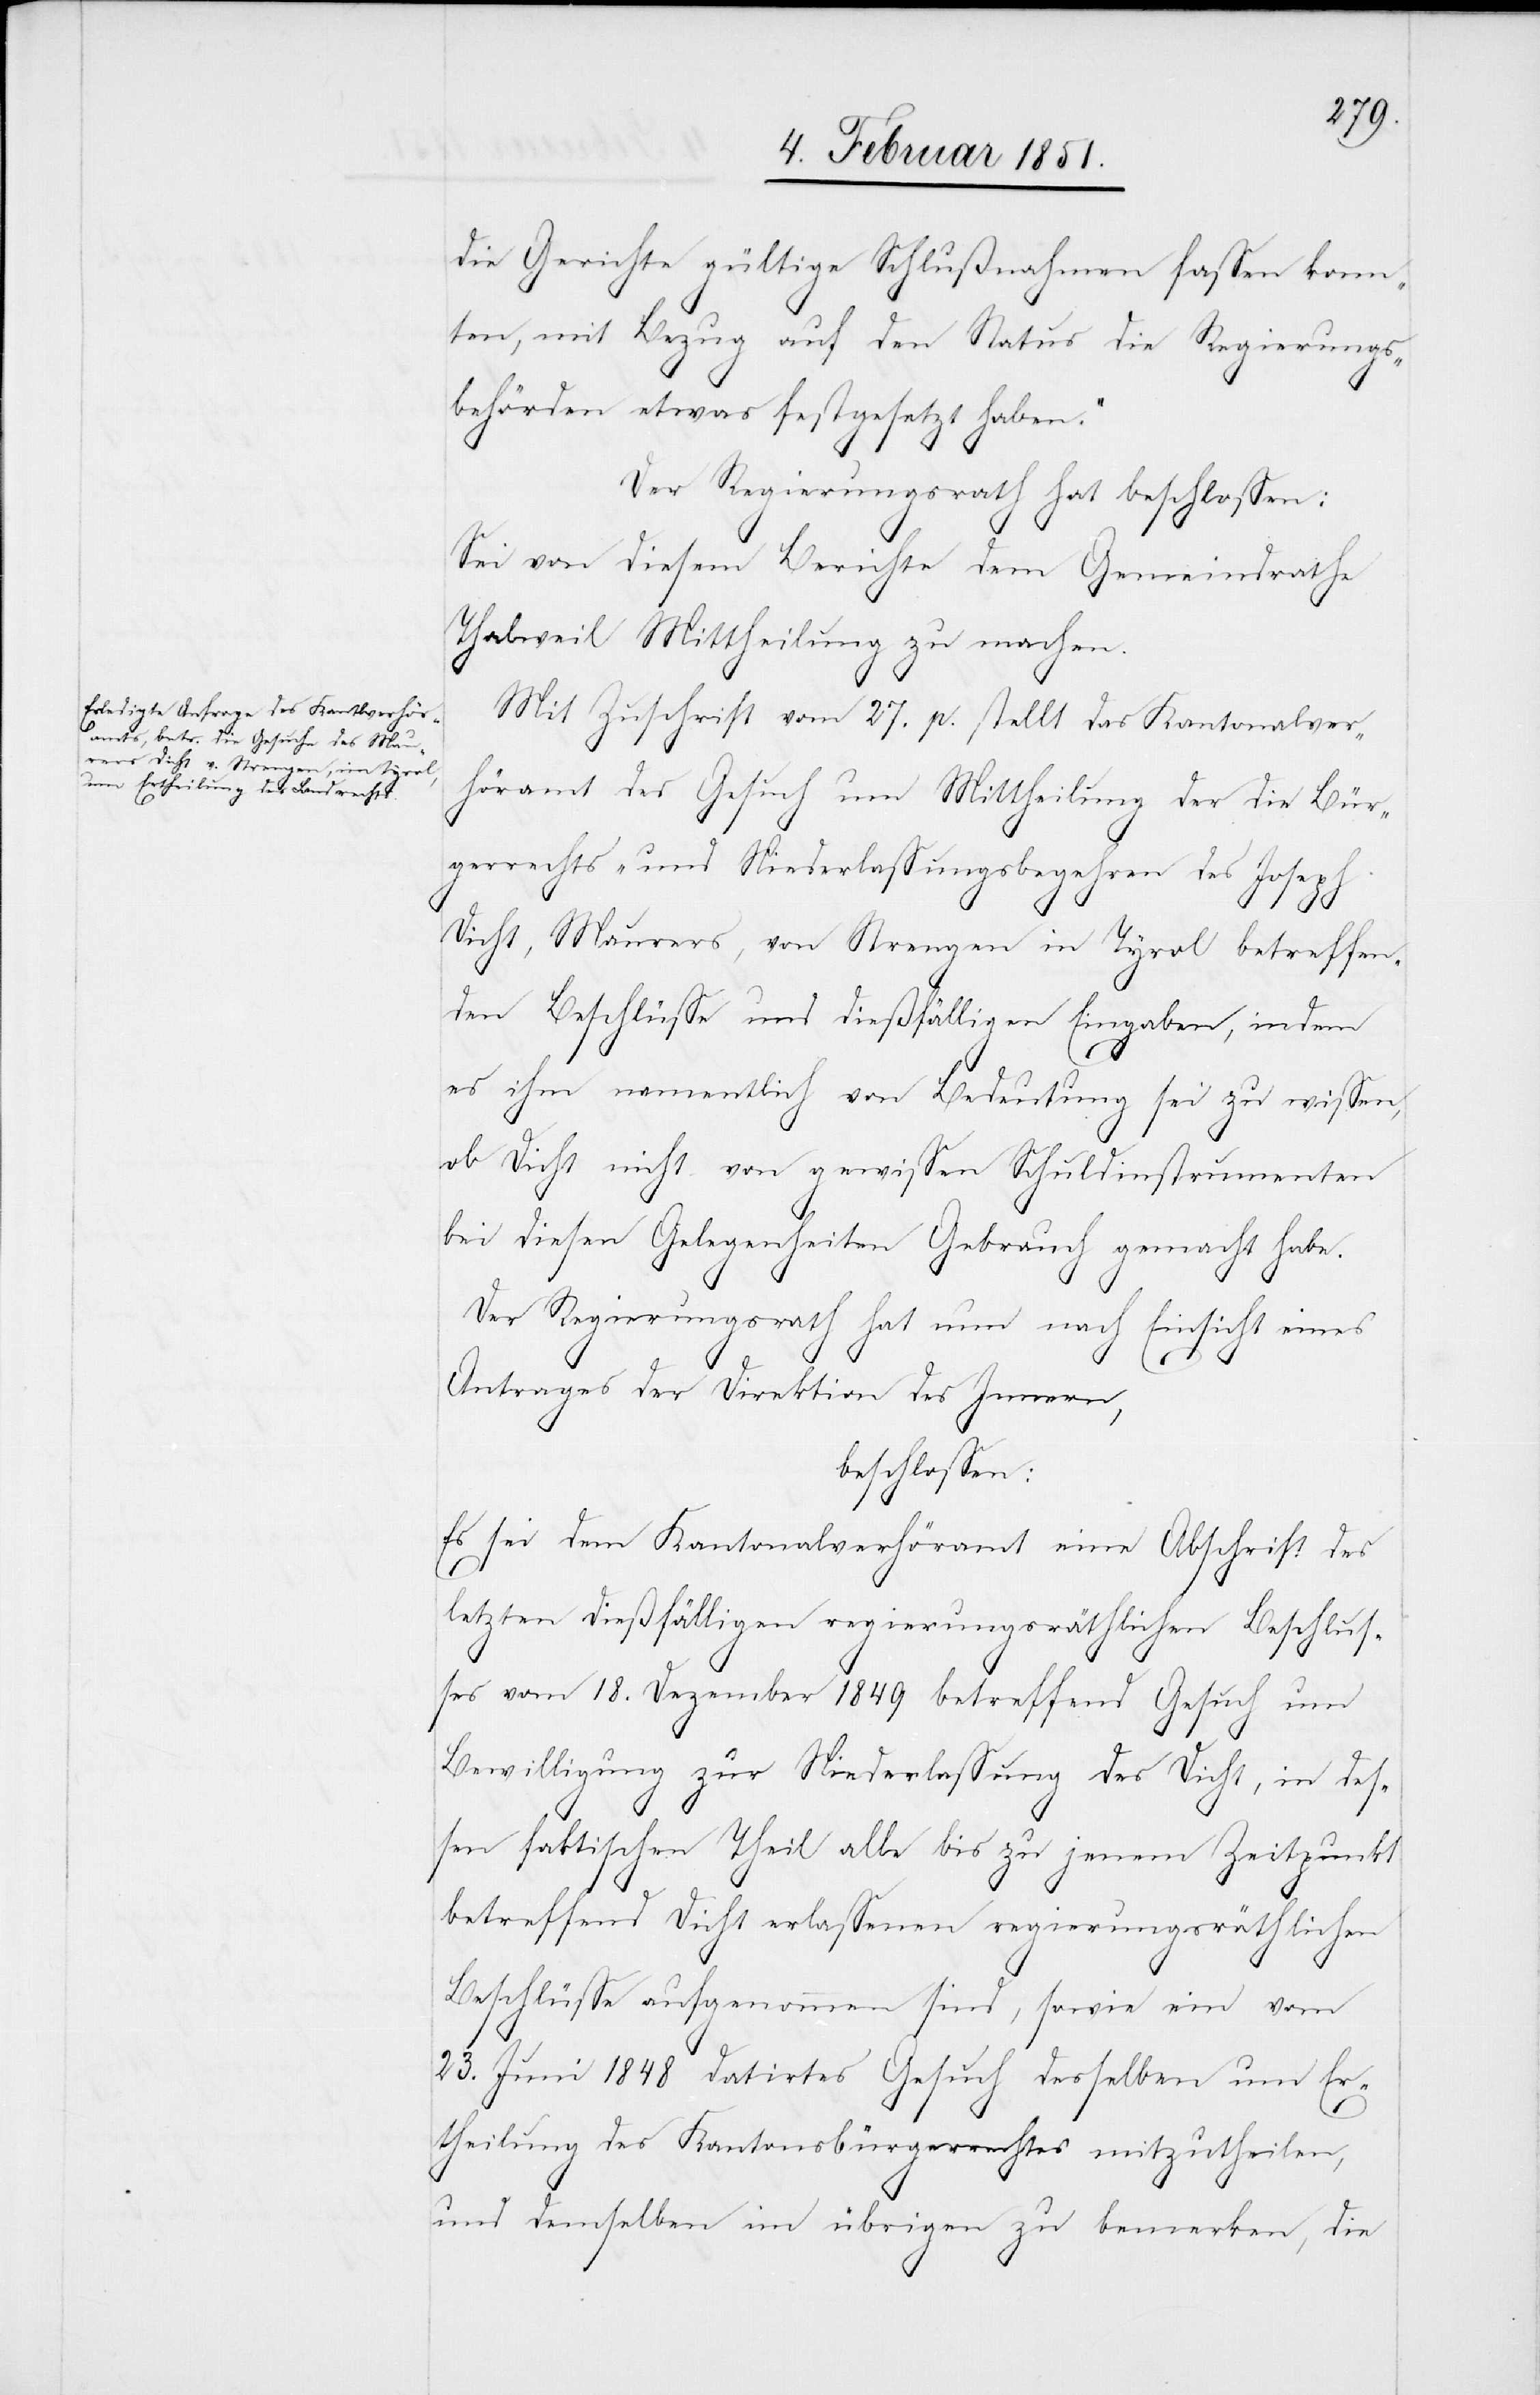
die Gerichte gültige Schlußnahmen fassen konn¬
ten, mit Bezug auf den Status die Regierungs¬
behörden etwas festgesetzt haben.“
Der Regierungsrath hat beschlossen:
Sei von diesem Berichte dem Gemeindrathe
Thalweil Mittheilung zu machen.
Mit Zuschrift vom 27. p. stellt das Kantonalver¬
höramt des [sic!] Gesuch um Mittheilung der die Bür¬
gerrechts- und Niederlassungsbegehren des Joseph
Dicht, Maurers, von Strengen in Tyrol betreffen¬
den Beschlüsse und dießfälligen Eingaben, indem
es ihm namentlich von Bedeutung sei zu wissen,
ob Dicht nicht von gewissen Schuldinstrumenten
bei diesen Gelegenheiten Gebrauch gemacht habe.
Der Regierungsrath hat nun nach Einsicht eines
Antrages der Direktion des Innern,
beschlossen:
Es sei dem Kantonalverhöramt eine Abschrift des
letzten dießfälligen regierungsräthlichen Beschlus¬
ses vom 18. Dezember 1849 betreffend Gesuch um
Bewilligung zur Niederlassung des Dicht, in des¬
sen faktischen Theil alle bis zu jenem Zeitpunkt
betreffend Dicht erlassenen regierungsräthlichen
Beschlüsse aufgenommen sind, sowie ein vom
23. Juni 1848 datirtes Gesuch desselben um Er¬
theilung des Kantonsbürgerrechtes mitzutheilen,
und demselben im übrigen zu bemerken, die